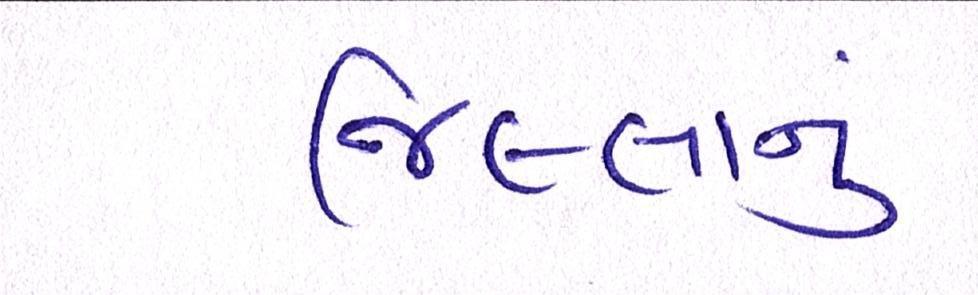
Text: જિલ્લાનું